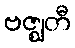
ဗဇ္ဈတီ